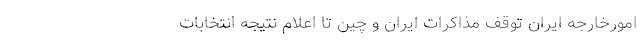
امورخارجه ایران توقف مذاکرات ایران و چین تا اعلام نتیجه انتخابات